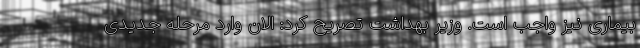
بیماری نیز واجب است. وزیر بهداشت تصریح کرد: الان وارد مرحله جدیدی